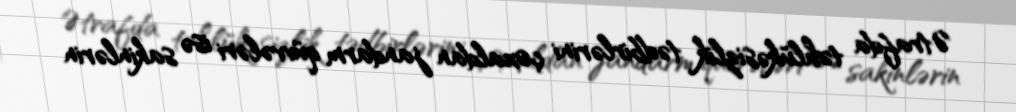
Ətrafda təhlükəsizlik tədbirlərini çoxaldan jandarm qüvvələri isə sakinlərin